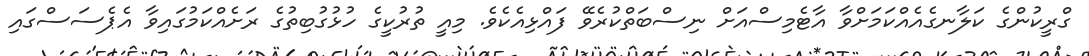
ގްރީކުންގެ ކަލާނގެއެއްކަމަށްވާ އާޓެމިސްއަށް ނިސްބަތްކުރެވޭ ފައްޅިއެކެވެ. މިއީ ތުރުކީގެ ހުޅުގުބިތުގެ ރަށެއްކަމުގައިވާ އެޕެސަސްގައި